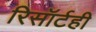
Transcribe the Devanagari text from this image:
रिसॉर्टही